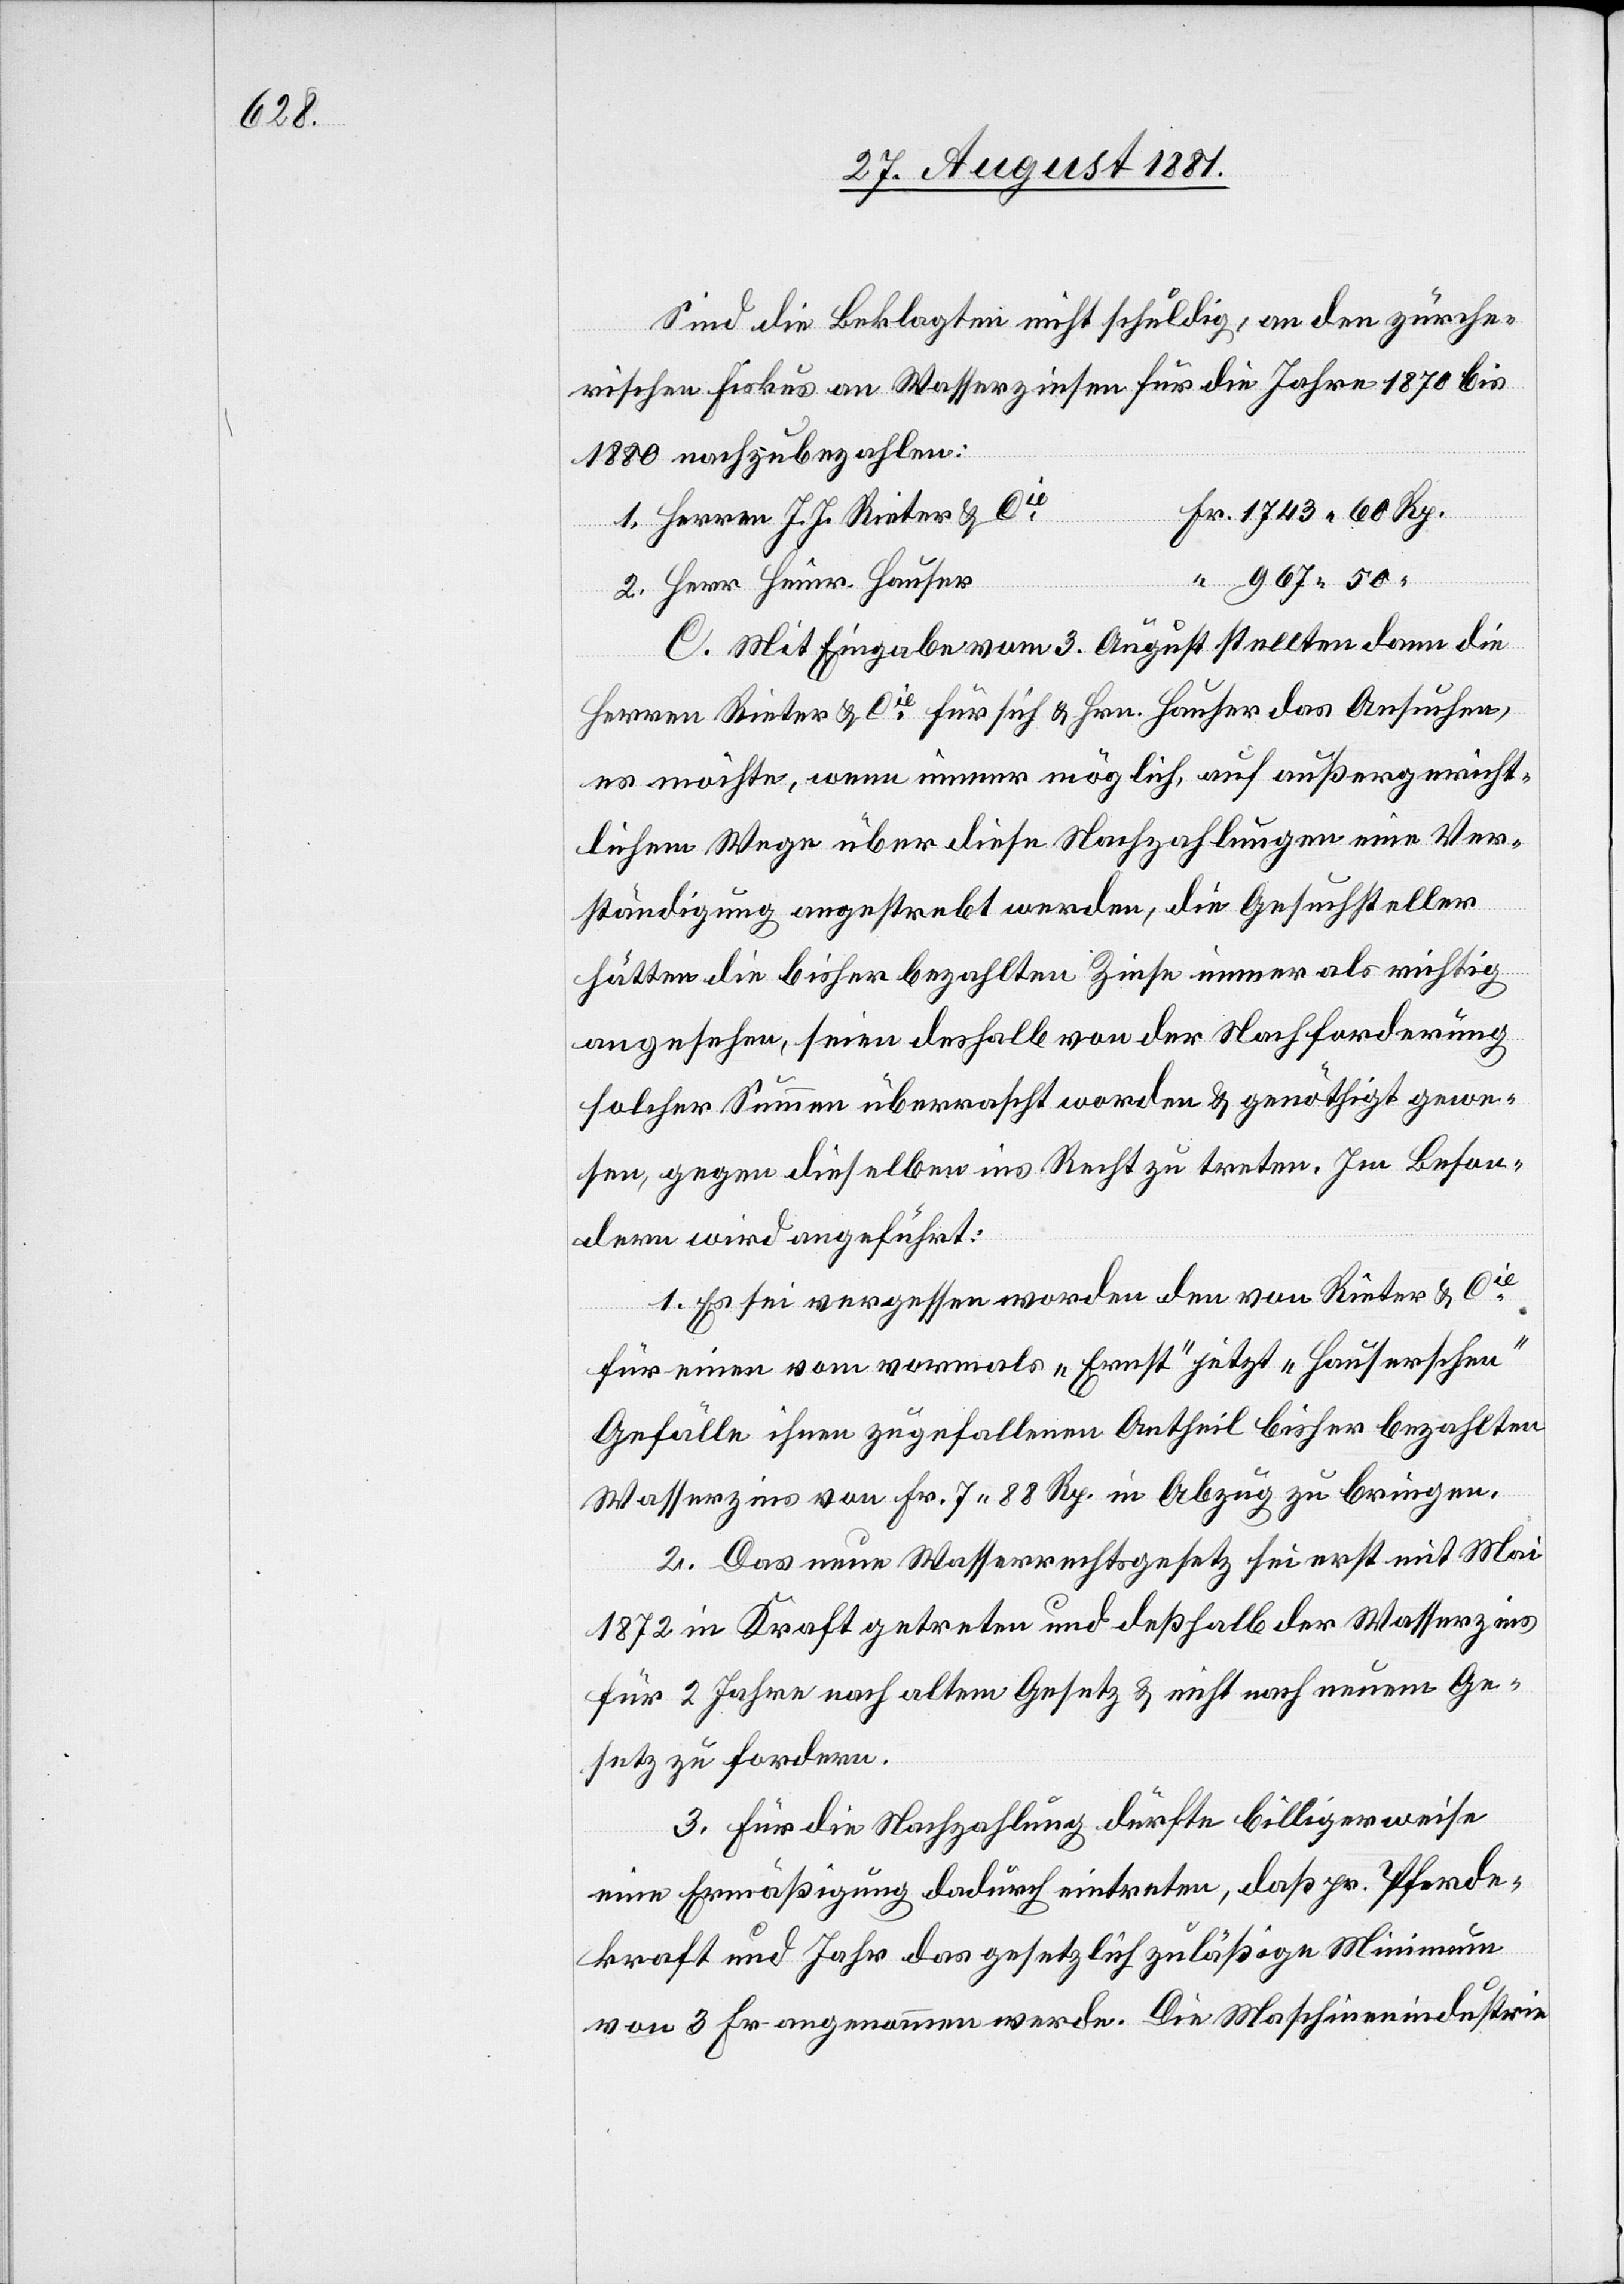
Sind die Beklagten nicht schuldig, an den zürche¬
rischen Fiskus an Wasserzinsen für die Jahre 1870 bis
1880 nachzubezahlen:
2.
Fr. 1743 60 Rp.
Herren J. J. Rieter & Cie
Hauser
967 50
C. Mit Eingabe vom 3. August stellten dann die
Herren Rieter & Cie für sich und Hrn. Hauser das Ansuchen,
es möchte, wenn immer möglich, auf außergericht¬
lichem Wege über diese Nachzahlungen eine Ver¬
ständigung angestrebt werden, die Gesuchsteller
hätten die bisher bezahlten Zinse immer als richtig
angesehen, seien deshalb von der Nachforderung
solcher Summen überrascht worden & genöthigt gewe¬
sen, gegen dieselben ins Recht zu treten. Im Beson¬
dern wird angeführt:
1. Es sei vergessen worden den von Rieter & Cie
für einen vom vormals „Ernst“ jetzt „Hauserschen“
Gefälle ihnen zugefallenen Antheil bisher bezahlten
Wasserzins von Fr. 7 88 Rp. in Abzug zu bringen.
2. Das neue Wasserrechtsgesetz sei erst mit Mai
1872 in Kraft getreten und deßhalb der Wasserzins
für 2 Jahre nach altem Gesetz & nicht nach neuem Ge¬
setz zu fordern.
3. Für die Nachzahlung dürfte billigerweise
eine Ermäßigung dadurch eintreten, daß pr. Pferde¬
kraft und Jahr das gesetzlich zuläßige Minimum
von 3 Fr. angenommen werde. Die Maschinenindustrie